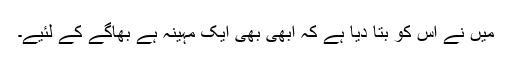
میں نے اس کو بتا دیا ہے کہ ابھی بھی ایک مہینہ ہے بھاگے کے لئیے۔